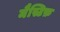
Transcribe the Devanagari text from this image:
मैस्टिफ़